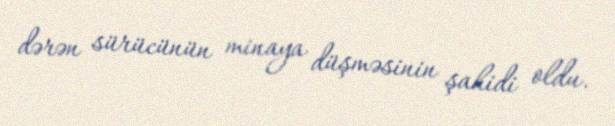
dərən sürücünün minaya düşməsinin şahidi oldu.